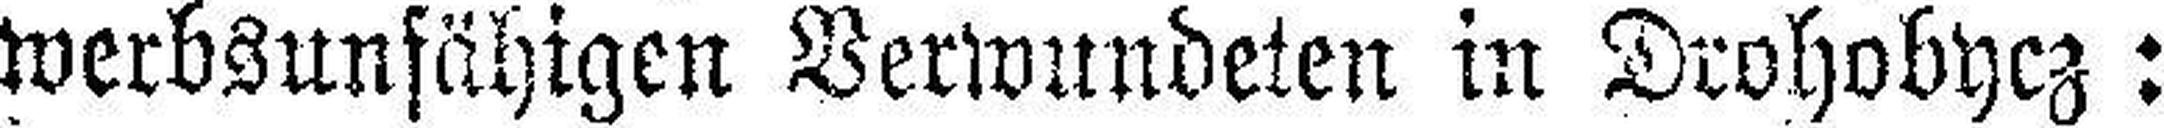
werbsunfähigen Verwundeten in Drohobycz: